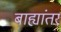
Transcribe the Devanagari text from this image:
बाह्यांतर